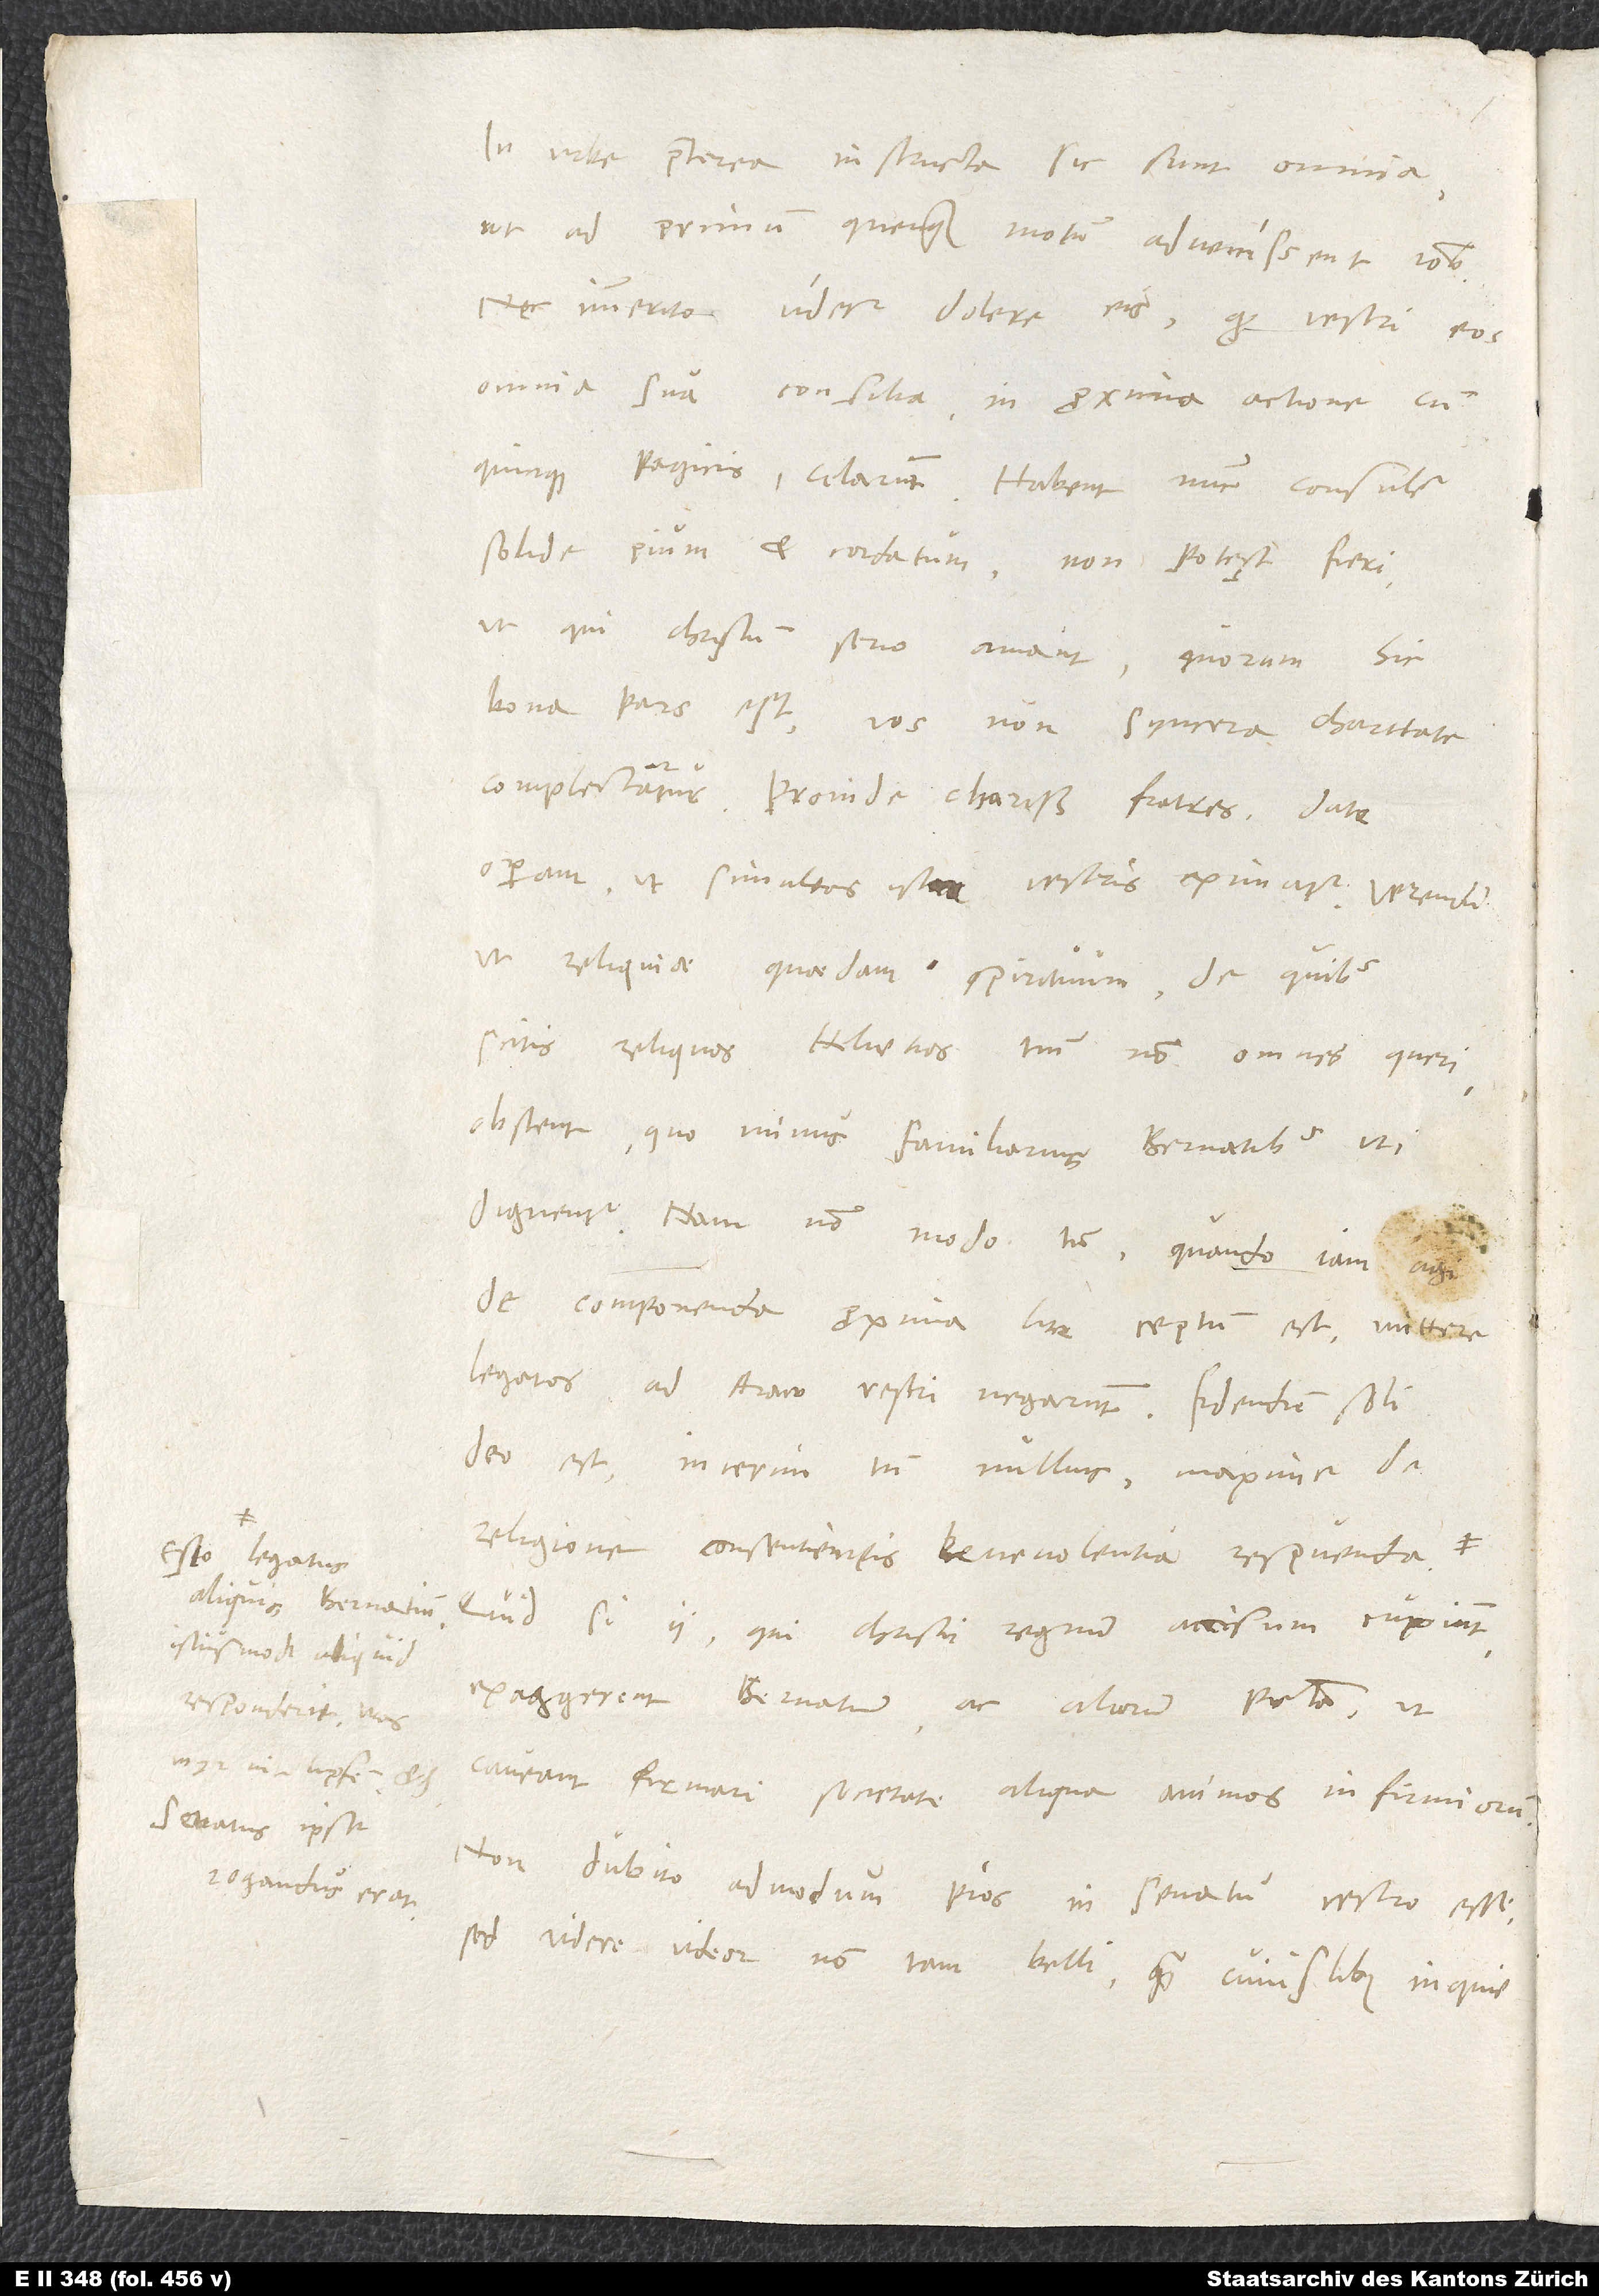
Esto, legatus
aliquis Bernatium
istiusmodi aliquid
rogandus erat.

In urbe praeterea instructa sic sunt omnia,
ut ad primum quenque motum advenissent vobis,
nec immerito videtur dolere eis, quod vestri eos
omnia sua consilia in proxima actione cum
Quinquepagicis celarunt. Habent nunc consulem
solide pium et cordatum. Non potest fieri,
ut qui Christum serio amant, quorum hic
bona pars est, vos non syncera charitate
complectantur. Proinde, charissimi fratres, date
operam, ut simultas ista vestris eximatur. Verendum,
ut reliquiae quaedam spirituum, de quibus
scitis reliquos Helvetios, tantum non omnes, queri,
obstent, quo minus familiarius Bernatibus uti
dignentur. Nam non modo tum, quando iam agi
de componenda proxima lite ceptum est, mittere
legatos ad Araw vestri negarunt. Fidendum soli
deo est, interim tamen nullius, maxime de
religione consentientis benevolentia respuenda.
Quid, si ii, qui Christi regnum accisum cupiunt,
exaggerent Bernatum ac aliorum peccata, ut
caveant firmari societate aliqua animos infirmiorum?
Non dubito admodum pios in senatu vestro esse,
sed videre videor non tam belli quam cuiuslibet inquietudinis